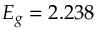
E _ { g } = 2 . 2 3 8